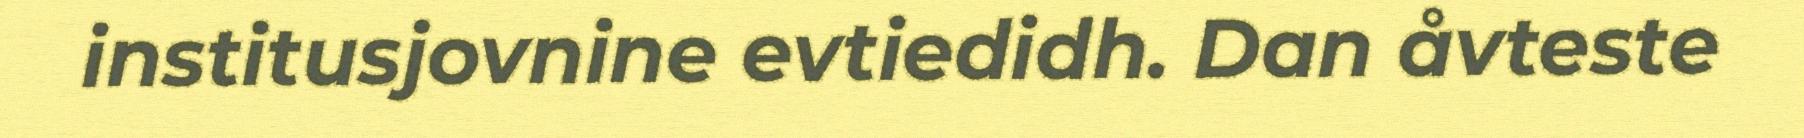
institusjovnine evtiedidh. Dan åvteste